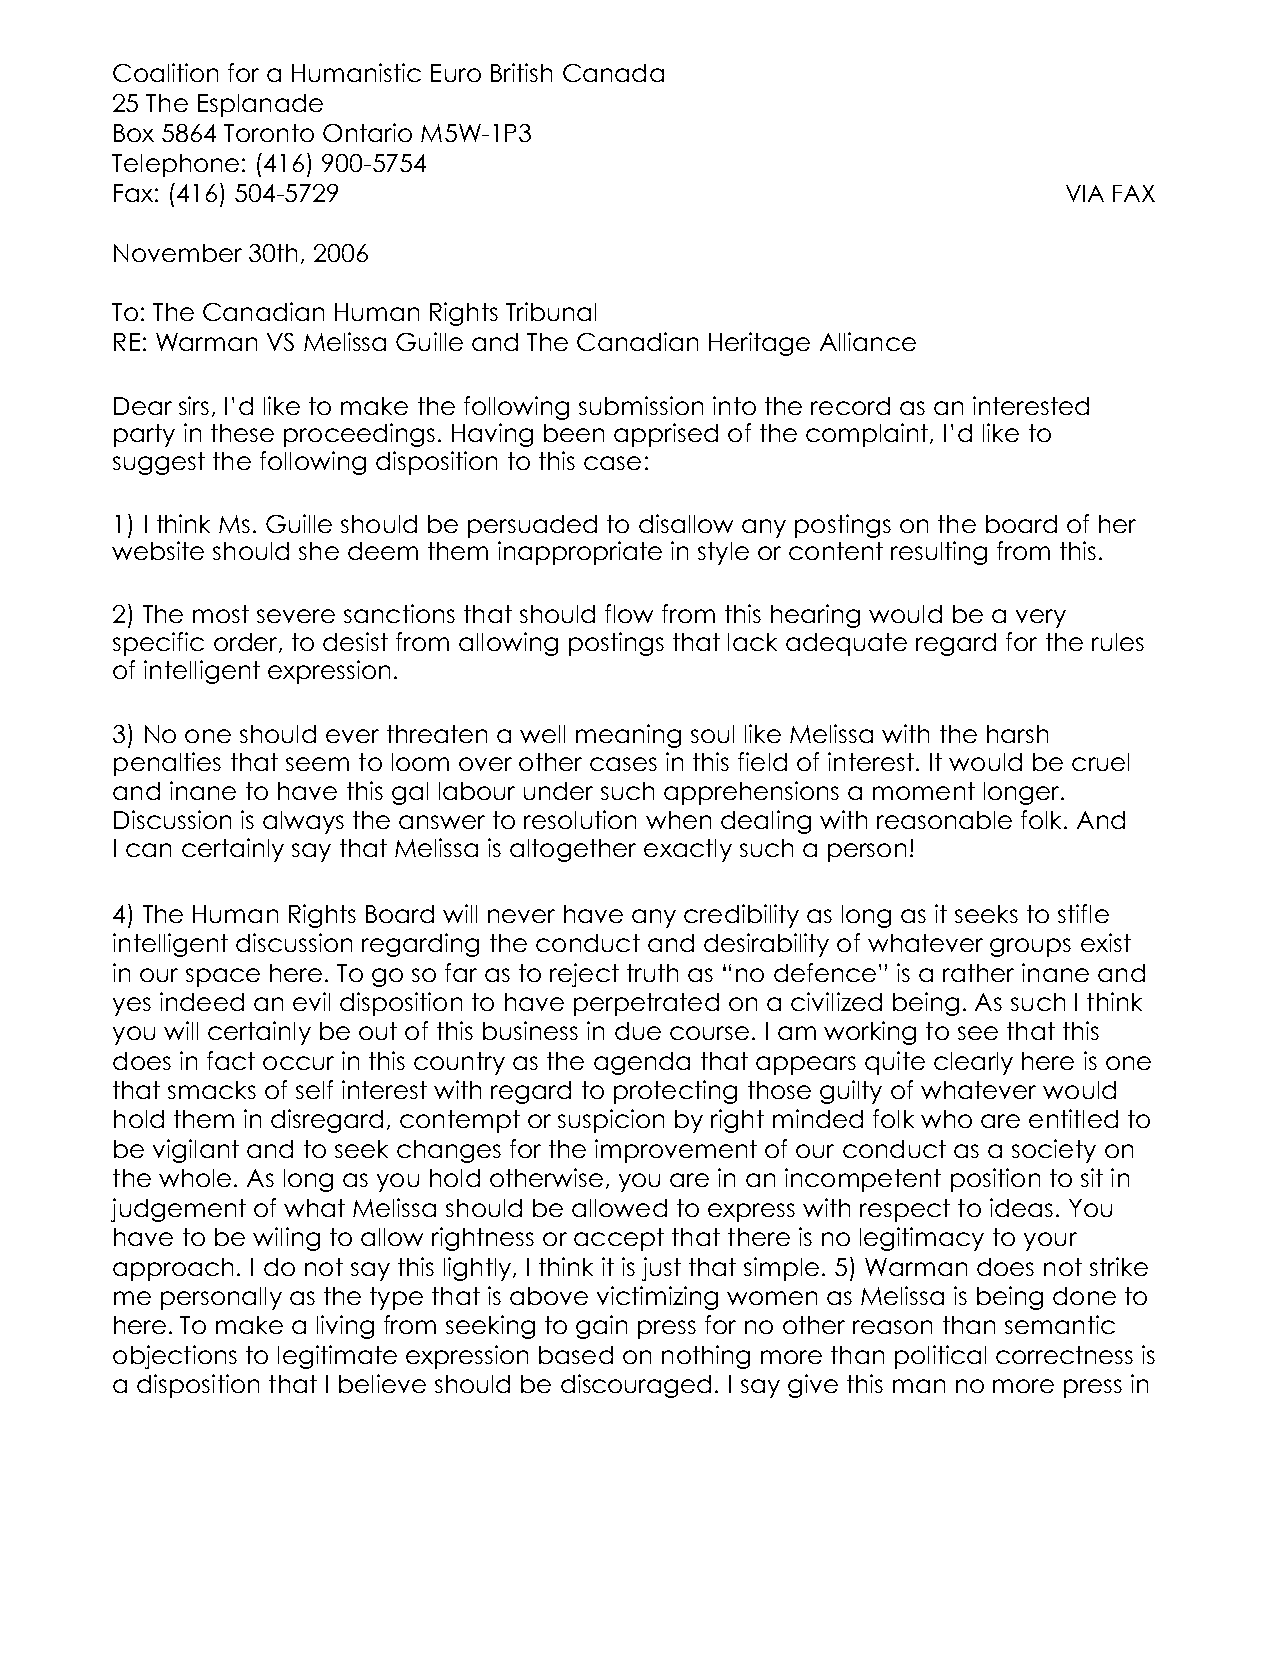
Coalition for a Humanistic Euro British Canada
 25 The Esplanade
 Box 5864 Toronto Ontario M5W-1P3
 Telephone: (416) 900-5754
 Fax: (416) 504-5729                                            VIA FAX
 November 30th, 2006
 To: The Canadian Human Rights Tribunal
 RE: Warman VS Melissa Guille and The Canadian Heritage Alliance
 Dear sirs, I’d like to make the following submission into the record as an interested
 party in these proceedings. Having been apprised of the complaint, I’d like to
 suggest the following disposition to this case:
 1) I think Ms. Guille should be persuaded to disallow any postings on the board of her
 website should she deem them inappropriate in style or content resulting from this.
 2) The most severe sanctions that should flow from this hearing would be a very
 specific order, to desist from allowing postings that lack adequate regard for the rules
 of intelligent expression.
 3) No one should ever threaten a well meaning soul like Melissa with the harsh
 penalties that seem to loom over other cases in this field of interest. It would be cruel
 and inane to have this gal labour under such apprehensions a moment longer.
 Discussion is always the answer to resolution when dealing with reasonable folk. And
 I can certainly say that Melissa is altogether exactly such a person!
 4) The Human Rights Board will never have any credibility as long as it seeks to stifle
 intelligent discussion regarding the conduct and desirability of whatever groups exist
 in our space here. To go so far as to reject truth as “no defence” is a rather inane and
 yes indeed an evil disposition to have perpetrated on a civilized being. As such I think
 you will certainly be out of this business in due course. I am working to see that this
 does in fact occur in this country as the agenda that appears quite clearly here is one
 that smacks of self interest with regard to protecting those guilty of whatever would
 hold them in disregard, contempt or suspicion by right minded folk who are entitled to
 be vigilant and to seek changes for the improvement of our conduct as a society on
 the whole. As long as you hold otherwise, you are in an incompetent position to sit in
 judgement of what Melissa should be allowed to express with respect to ideas. You
 have to be wiling to allow rightness or accept that there is no legitimacy to your
 approach. I do not say this lightly, I think it is just that simple. 5) Warman does not strike
 me  personally as the type that is above victimizing women as Melissa is being done to
 here. To make a living from seeking to gain press for no other reason than semantic
 objections to legitimate expression based on nothing more than political correctness is
 a disposition that I believe should be discouraged. I say give this man no more press in